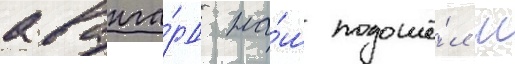
аванга́рд на́ш подошё́л к